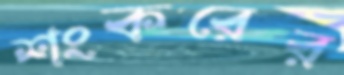
শংকরের